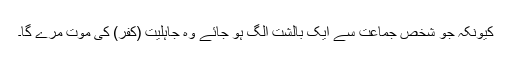
کیونکہ جو شخص جماعت سے ایک بالشت الگ ہو جائے وہ جاہلیت (کفر) کی موت مرے گا۔